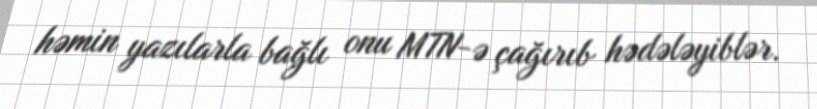
həmin yazılarla bağlı onu MTN-ə çağırıb hədələyiblər.